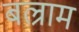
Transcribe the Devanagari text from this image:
बल्राम